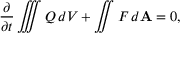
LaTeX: { \frac { \partial } { \partial t } } \iiint Q \, d V + \iint F \, d \mathbf { A } = 0 ,